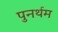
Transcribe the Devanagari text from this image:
पुनर्थम